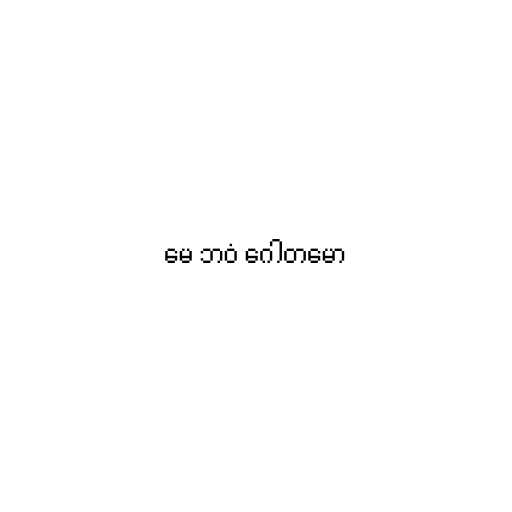
မေ ဘဝံ ဂေါတမော